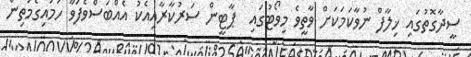
ސީދާގޮތުގައި ޚިލާފް ނުވާކަމަކަށް ވާތީވެ މިވޯޓުގައި  ޕާޓީން ސަރުކާރާއިއެކު އެއްބަސްވެފަވާ ހަމައިގެމަތިން